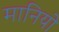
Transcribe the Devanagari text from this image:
मानियो